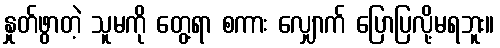
နှုတ်ဖွာတဲ့ သူမကို တွေ့ရာ စကား လျှောက် ပြောပြလို့မရဘူး။